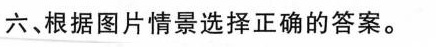
六、根据图片情景选择正确的答案.